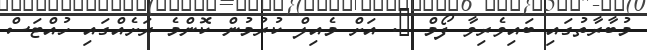
މުބާރާތުގައި ބައިވެރިވާ ފޯމް @. އަށް މެއިލް ކުރުމުން ކޮންމެ ރަށެއްގައި ހުއްޓަސް